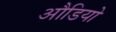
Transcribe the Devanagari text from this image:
औडियो